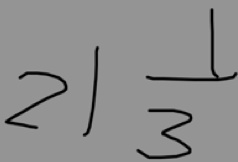
2 1 \frac { 1 } { 3 }